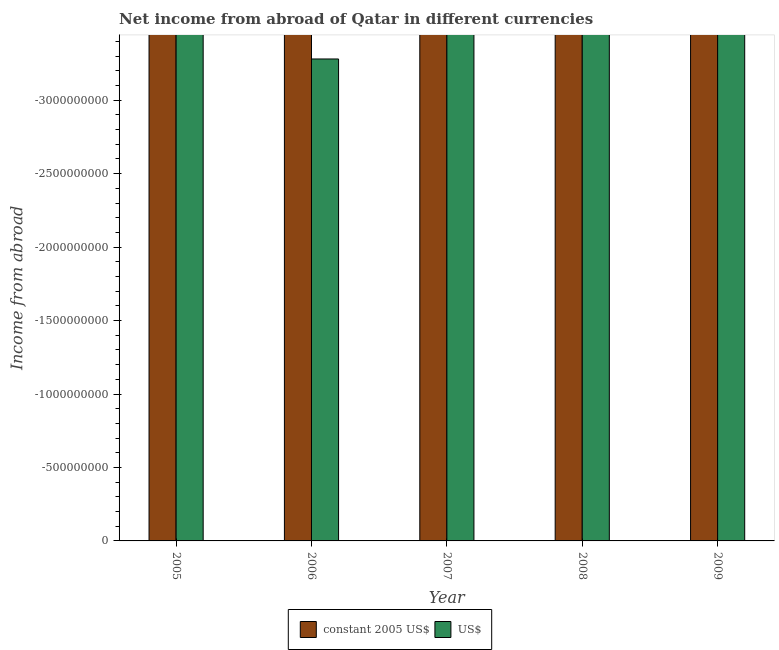
| Year | constant 2005 US$ | US$ |
 | --- | --- | --- |
 | 2005 | -2.08e+10 | -5.72e+09 |
 | 2006 | -1.19e+10 | -3.28e+09 |
 | 2007 | -1.54e+10 | -4.24e+09 |
 | 2008 | -2.46e+10 | -6.76e+09 |
 | 2009 | -3.43e+10 | -9.41e+09 |